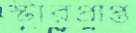
স্টারপ্রাপ্ত